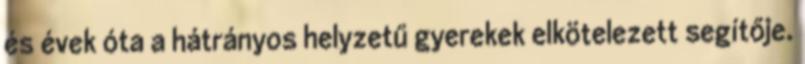
és évek óta a hátrányos helyzetű gyerekek elkötelezett segítője.